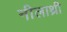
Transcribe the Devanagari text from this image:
नीलाथ्री